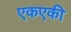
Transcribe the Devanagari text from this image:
एकएकी